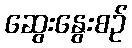
ဆွေးနွေးစဉ်